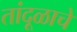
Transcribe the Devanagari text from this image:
तांदूळाचे